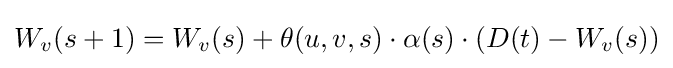
W_{v}(s+1)=W_{v}(s)+\theta (u,v,s)\cdot \alpha (s)\cdot (D(t)-W_{v}(s))